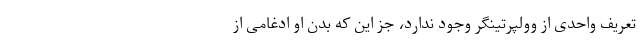
تعریف واحدی از وولپرتینگر وجود ندارد، جز این که بدن او ادغامی از